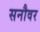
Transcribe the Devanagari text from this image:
सनौवर